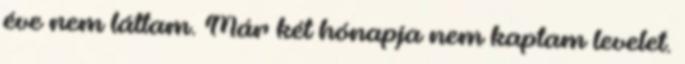
éve nem láttam. Már két hónapja nem kaptam levelet.